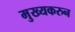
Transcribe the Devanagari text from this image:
मुख्यकरुन